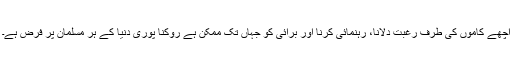
اچھے کاموں کی طرف رغبت دلانا، رہنمائی کرنا اور برائی کو جہاں تک ممکن ہے روکنا پوری دنیا کے ہر مسلمان پر فرض ہے۔